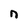
Character: n